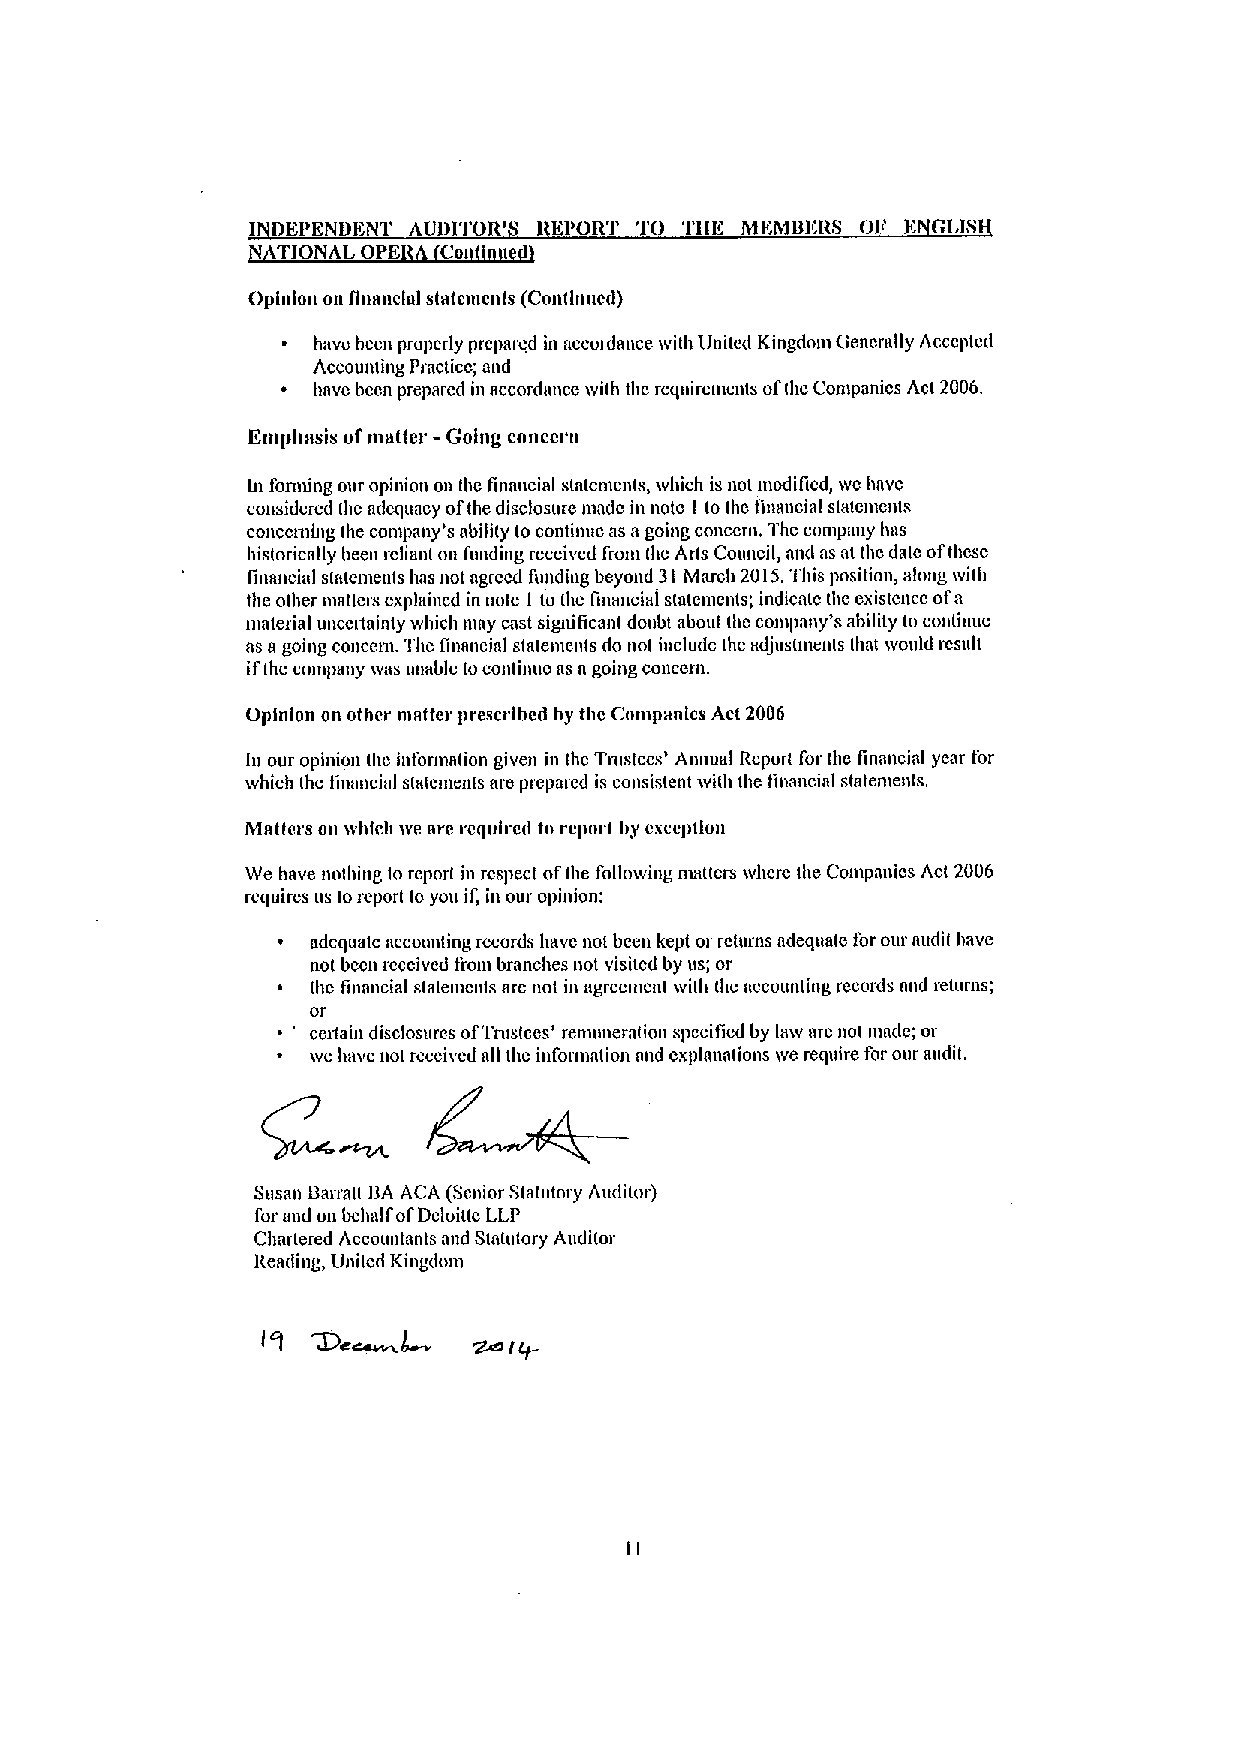
'
 I DKPKNDKNT AUDI'I'OR' RKPORT TO 'fill( MKMBKRS Olr K CI,IS
 TIONAL OP  Cor
 Opinion on flnanclnl statements (Continued)
 havo been properly prcparcd in accordance with Ilni(ed Kingdom (Iencratly Accepted
 Accounting Practice; and
 Imvc bccn prepared in accordmtcc with thc rcquircmcnts oftho Companies Act 2006.
 Kmphnsis ofmatter - Going concern
 ln fomdng our opinion on the financial statements, which is not modified, wc have
 considered thc mlcquacy ofthe disclosure marie in note I to thc finmrcial statcmmtts
 cotlcctllillg the company's chili(y to continue as agoing concern. Thc company has
 historicnfly been reliant on funding received from thc Arls Council, and as at thc date ofthcsc
 financial sla(tunents has not agreed I'unding beyond 3I March 2015.This position, along with
 the other ntat ters explained in note I to the financial s(atcmmtts; indicate thc existcncc ofa
 material uncertainty which may cast sigrdficanl doubt about thc company's ability to contim(e
 as agoing concern. Thc financial statements do not include the adjustments that tvould rcmdt
 ifthe compmry was unable tocontinuo as agoing conceut.
 Opinion on other matter prescribed by tbc Companies Act 2006
 In our opinion the information given in thc Tmstccs' Annual Report for the financial year for
 tvhich the linancial slatements are prepared isconsistent wi(h the financial statemenhs
 Matters on which we nre rcqulrcd to rcport by exception
 We have nothing to report in respect oftbe foflowing nratters where the Companies Act 2006
 requires us toreporl lo you if, in our opinion:
 adequate accounting records have not been kepi or rch(ms adequa(e I'orour mtdil have
 not bccn rcccived frout branches not visited by us; or
 thc financial slalemcnts arc not in agrccmcnt with (he accounling records nnd returns;
 or
 cerxain disclosures ofTntslces' renmneration spccificd by law arc not mmle; or
 tvc have not received all thc information and explmtations we require for our m(dit.
 St(sat( Balsa(tt BA ACA (Senior Statutory Audilor)
 for mtd on behalf ofDeloittc LLP
 Charlered Accountants mrd Stab(tory Audi(or
 Reading, United Kingdom